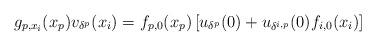
LaTeX: \begin{align*}g_{p,x_{i}}(x_{p})v_{\delta^{p}}(x_{i})=f_{p,0}(x_{p})\left[u_{\delta^{p}}(0)+u_{\delta^{i,p}}(0)f_{i,0}(x_{i})\right]\end{align*}